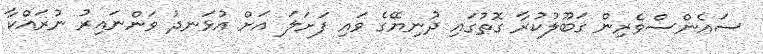
ސައެންސްވެރިން ގަބޫލުކުރާ ގޮތުގައި ދުނިޔޭގެ ވައި ފަށަލަ އަށް އުޅަނދު ވަންނައިރު ނުރައްކާ